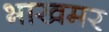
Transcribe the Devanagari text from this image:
भाखमर